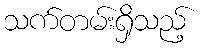
သက်တမ်းရှိသည့်